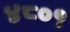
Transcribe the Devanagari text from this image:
४८०१